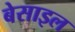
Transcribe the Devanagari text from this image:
बेसाइल